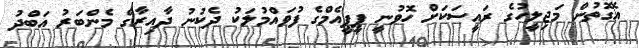
އެގޮތުން މަޖިލީހުގެ ރައީސަކަށް ހޮވުނީ ޕީޕީއެމްގެ ފުވައްމުލަކު ދެކުނު ދާއިރާގެ މެންބަރު އަބްދު